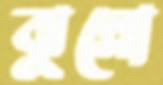
ঝুল্লো